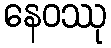
နေဝဿု